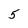
Character: 5